Report of the Imperial Institute of Veterinary Research, Muktesar
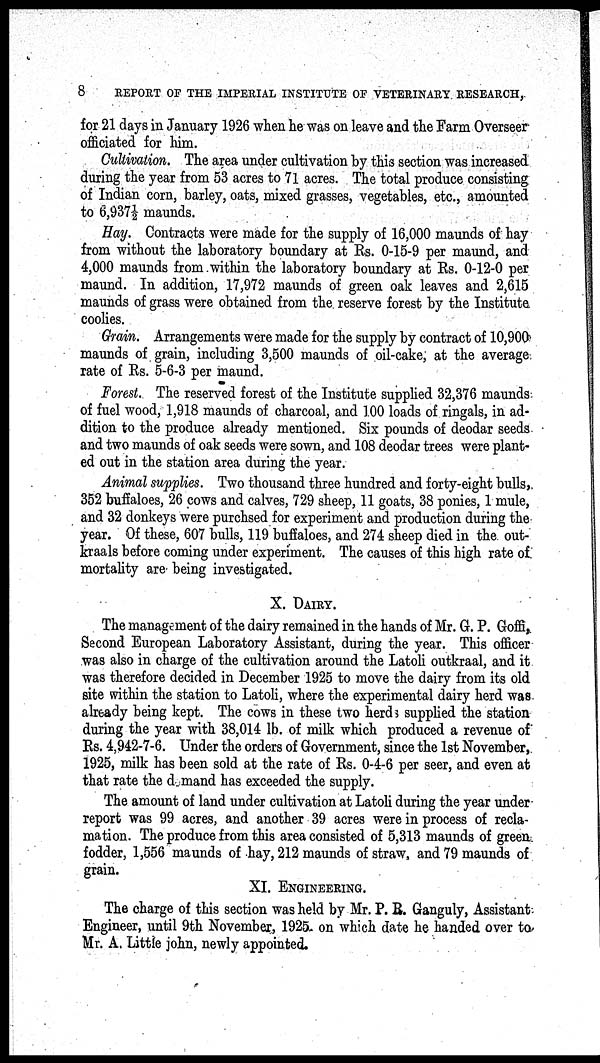
8
REPORT OF THE IMPERIAL INSTITUTE OF VETERINARY RESEARCH,.
for 21 days in January 1926 when he was on leave and the Farm Overseer
officiated for him.
Cultivation. The area under cultivation by this section was increased
during the year from 53 acres to 71 acres. The total produce consisting
of Indian corn, barley, oats, mixed grasses, vegetables, etc., amounted
to 6,937½ maunds.
Hay. Contracts were made for the supply of 16,000 maunds of hay
from without the laboratory boundary at Rs. 0-15-9 per maund, and
4,000 maunds from within the laboratory boundary at Rs. 0-12-0 per
maund. In addition, 17,972 maunds of green oak leaves and 2,615
maunds of grass were obtained from the reserve forest by the Institute
coolies.
Grain. Arrangements were made for the supply by contract of 10,900
maunds of grain, including 3,500 maunds of oil-cake, at the average
rate of Rs. 5-6-3 per maund.
Forest. The reserved forest of the Institute supplied 32,376 maunds
of fuel wood, 1,918 maunds of charcoal, and 100 loads of ringals, in ad-
dition to the produce already mentioned. Six pounds of deodar seeds
and two maunds of oak seeds were sown, and 108 deodar trees were plant-
ed out in the station area during the year.
Animal supplies. Two thousand three hundred and forty-eight bulls,
352 buffaloes, 26 cows and calves, 729 sheep, 11 goats, 38 ponies, 1 mule,
and 32 donkeys were purchsed for experiment and production during the
year. Of these, 607 bulls, 119 buffaloes, and 274 sheep died in the out-
kraals before coming under experiment. The causes of this high rate of.
mortality are being investigated.
X. DAIRY.
The management of the dairy remained in the hands of Mr. G. P. Goffi,.
Second European Laboratory Assistant, during the year. This officer
was also in charge of the cultivation around the Latoli outkraal, and it
was therefore decided in December 1925 to move the dairy from its old
site within the station to Latoli, where the experimental dairy herd was
already being kept. The cows in these two herds supplied the station
during the year with 38,014 lb. of milk which produced a revenue of
Rs. 4,942-7-6. Under the orders of Government, since the 1st November,
1925, milk has been sold at the rate of Rs. 0-4-6 per seer, and even at
that rate the demand has exceeded the supply.
The amount of land under cultivation at Latoli during the year under
report was 99 acres, and another 39 acres were in process of recla-
mation. The produce from this area consisted of 5,313 maunds of green
fodder, 1,556 maunds of hay, 212 maunds of straw, and 79 maunds of
grain.
XI. ENGINEERING.
The charge of this section was held by Mr. P. B. Ganguly, Assistant.
Engineer, until 9th November, 1925 on which date he handed over to
Mr. A. Little john, newly appointed.